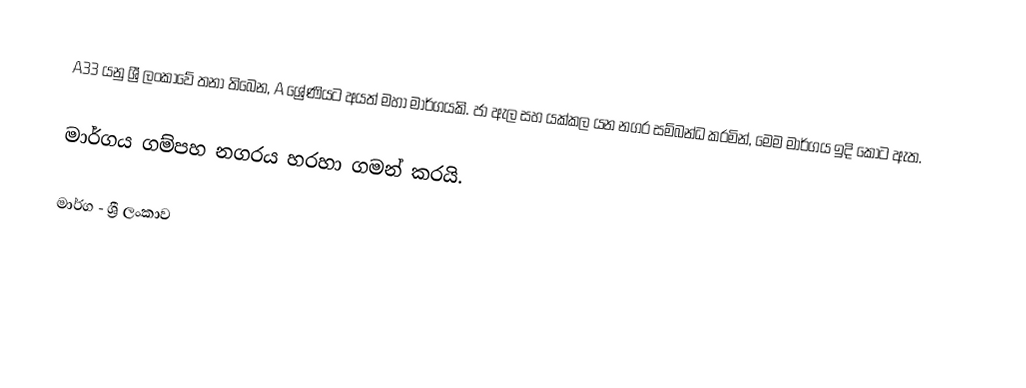
A33 යනු ශ්‍රී ලංකාවේ තනා තිබෙන, A ශ්‍රේණියට අයත් මහා මාර්ගයකි. ජා ඇල සහ යක්කල යන නගර සම්බන්ධ කරමින්, මෙම මාර්ගය ඉදි කොට ඇත.

මාර්ගය ගම්පහ නගරය හරහා ගමන් කරයි.

මාර්ග - ශ්‍රී ලංකාව